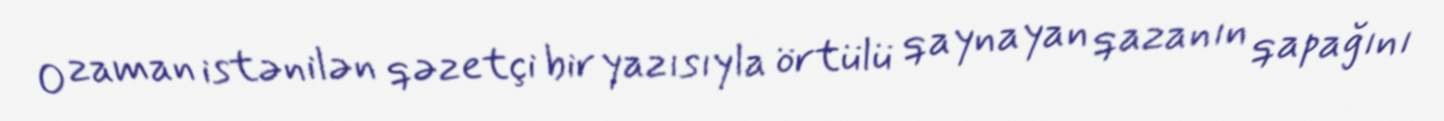
O zaman istənilən qəzetçi bir yazısıyla örtülü qaynayan qazanın qapağını